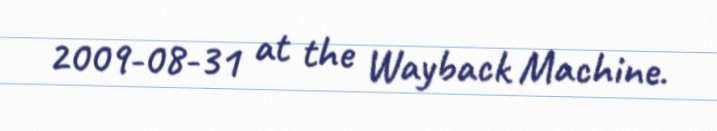
2009-08-31 at the Wayback Machine.